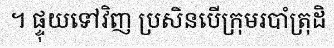
។ ផ្ទុយទៅវិញ ប្រសិនបើក្រុមរបាំត្រុដិ